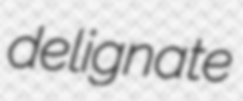
delignate